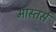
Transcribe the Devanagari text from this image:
मास्तर्स